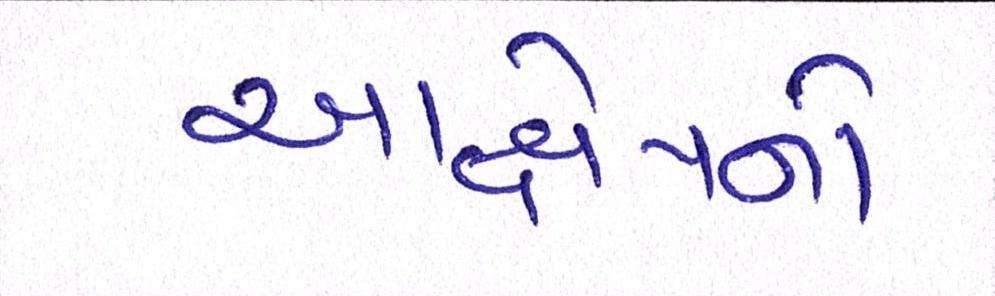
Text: આક્ષેપનો